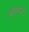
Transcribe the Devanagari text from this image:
आजमार्याः